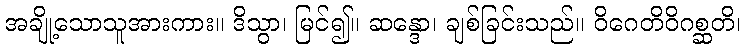
အချို့သောသူအားကား။ ဒိသွာ၊ မြင်၍။ ဆန္ဒော၊ ချစ်ခြင်းသည်။ ဝိဂေတိဝိဂစ္ဆတိ၊